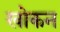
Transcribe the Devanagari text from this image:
खोकन